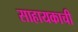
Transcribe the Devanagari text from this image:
साहायकाची